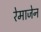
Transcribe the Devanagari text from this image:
रेमाजेन